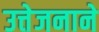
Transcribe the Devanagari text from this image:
उत्तेजनाने